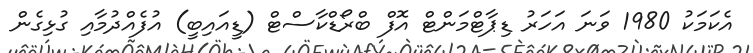
އެކަމަކު 1980 ވަނަ އަހަރު ޑިޕާޓްމަންޓް އޮފް ބްރޯޑްކާސްޓް (ޑީއައިބީ) އުފެއްދުމާއި ގުޅިގެން